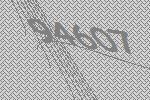
94607